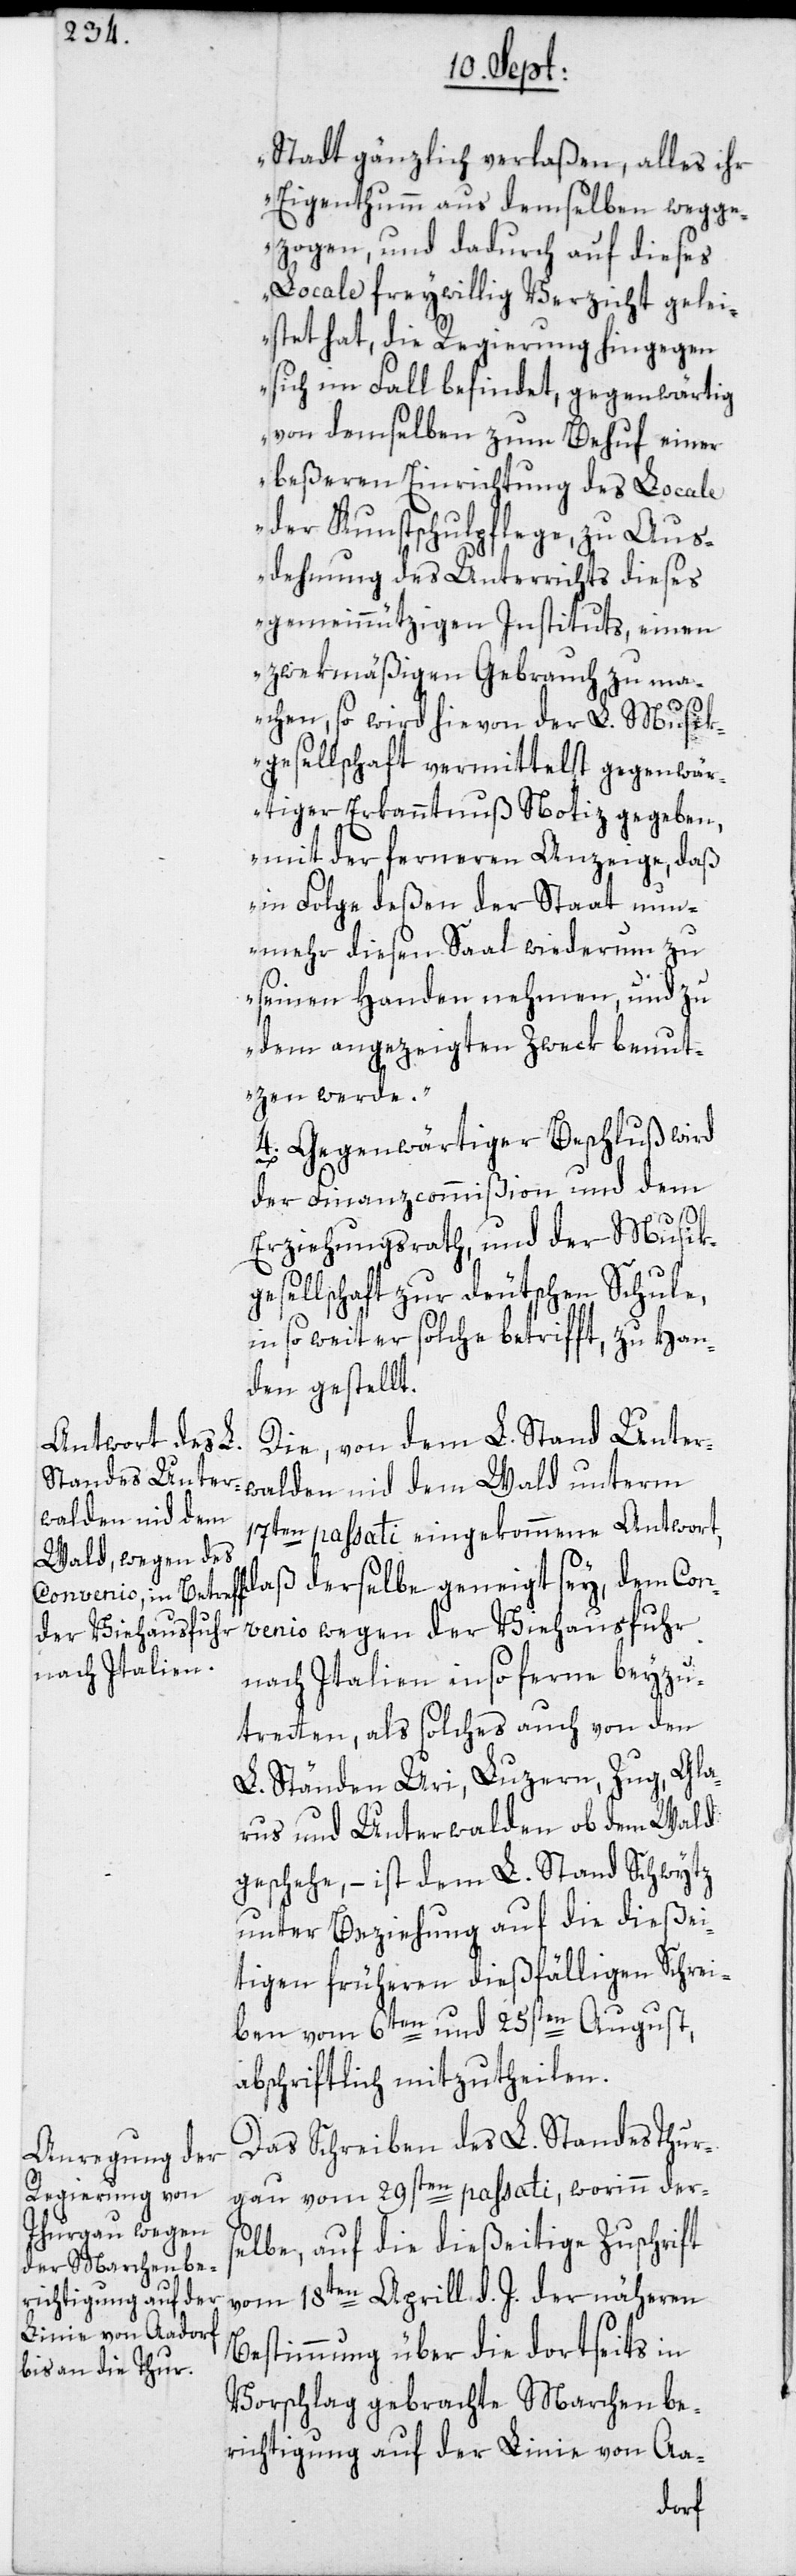
Stadt gänzlich verlaßen, alles ihr
Eigenthumm aus demselben wegge¬
zogen, und dadurch auf dieses
Locale freywillig Verzicht gelei¬
stet hat, die Regierung hingegen
sich im Fall befindet, gegenwärtig
von demselben zum Behuf einer
beßeren Einrichtung des Locale
der Kunstschulpflege, zu Aus¬
dehnung des Unterrichts dieses
gemeinnützigen Instituts, einen
zwekmäßigen Gebrauch zu ma¬
chen, so wird hievon der L. Musik¬
gesellschaft vermittelst gegenwär¬
tiger Erkanntnuß Notiz gegeben,
mit der ferneren Anzeige, daß
in Folge deßen der Staat nun¬
mehr diesen Saal wiederum zu
seinen Handen nehmen, und zu
dem angezeigten Zweck benut¬
zen werde.“
4.) Gegenwärtiger Beschluß wird
der Finanzcommißion und dem
Erziehungsrath, und der Musik¬
gesellschaft zur deutschen Schule,
in so weit er solche betrifft, zu Han¬
den gestellt.
Die, von dem L. Stand Unter¬
walden nid dem
17ten passati eingekommene Antwort,
daß derselbe geneigt sey, dem Con¬
venio wegen der Viehausfuhr
nach Italien in so ferne beyzu¬
tretten, als solches auch von den
L. Ständen Uri, Luzern, Zug, Gla¬
rus und Unterwalden ob dem Wald
geschehe, – ist dem L. Stand Schwytz
unter Beziehung auf die dießei¬
tigen früheren dießfälligen Schrei¬
ben vom 6ten und 25sten August,
abschriftlich mitzutheilen.
Das Schreiben des L. Standes Thur¬
gau vom 29sten passati, worinn ders¬
elbe, auf die dießeitige Zuschrift
vom 18ten Aprill d. J. der näheren
Bestimmung über die dortseits in
Vorschlag gebrachte Marchenbe¬
richtigung auf der Linie von Aa-